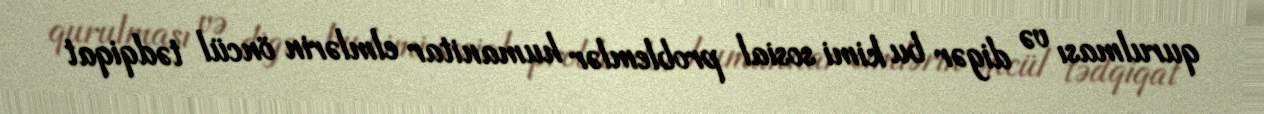
qurulması və digər bu kimi sosial problemlər humanitar elmlərin öncül tədqiqat